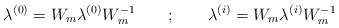
\begin{align*}\lambda ^{(0)} = W_m\lambda ^{(0)} W_m^{-1} \quad\quad ; \quad \quad\lambda ^{(i)} = W_m\lambda ^{(i)} W_m^{-1}\end{align*}